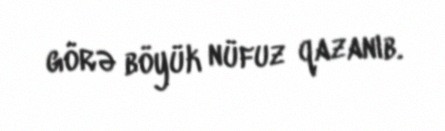
görə böyük nüfuz qazanıb.